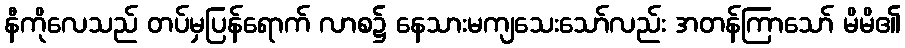
နီကိုလေသည် တပ်မှပြန်ရောက် လာစ၌ နေသားမကျသေးသော်လည်း အတန်ကြာသော် မိမိ၏